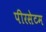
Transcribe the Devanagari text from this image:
पीरसेटम